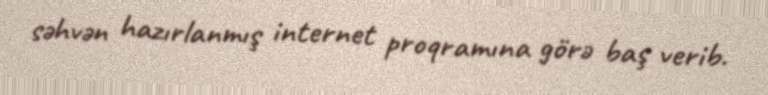
səhvən hazırlanmış internet proqramına görə baş verib.